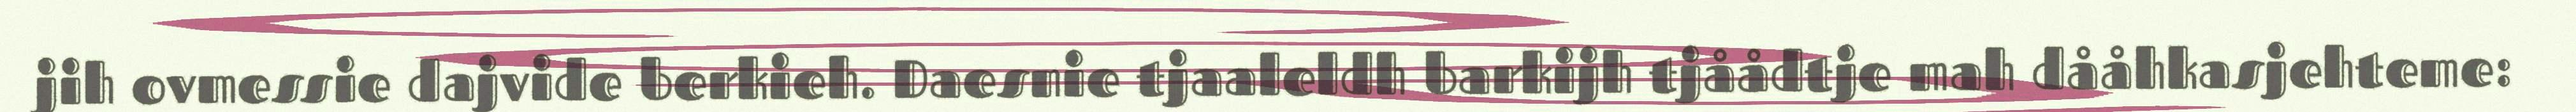
jih ovmessie dajvide berkieh. Daesnie tjaaleldh barkijh tjåådtje mah dååhkasjehteme: